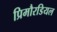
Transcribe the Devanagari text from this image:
प्रिमौरडियल